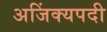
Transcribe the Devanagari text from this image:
अजिंक्यपदी